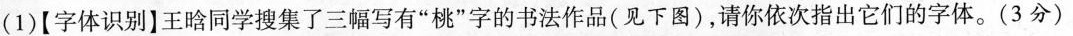
(1)[字体识别】王晗同学搜集了三幅写有”桃”字的书法作品(见下图)，请你依次指出它们的字体。(3分)